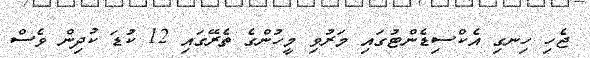
ޖެހި ހިނގި އެކްސިޑެންޓުގައި މަރުވި މީހުންގެ ތެރޭގައި 12 ކުޑަ ކުދިން ވެސް